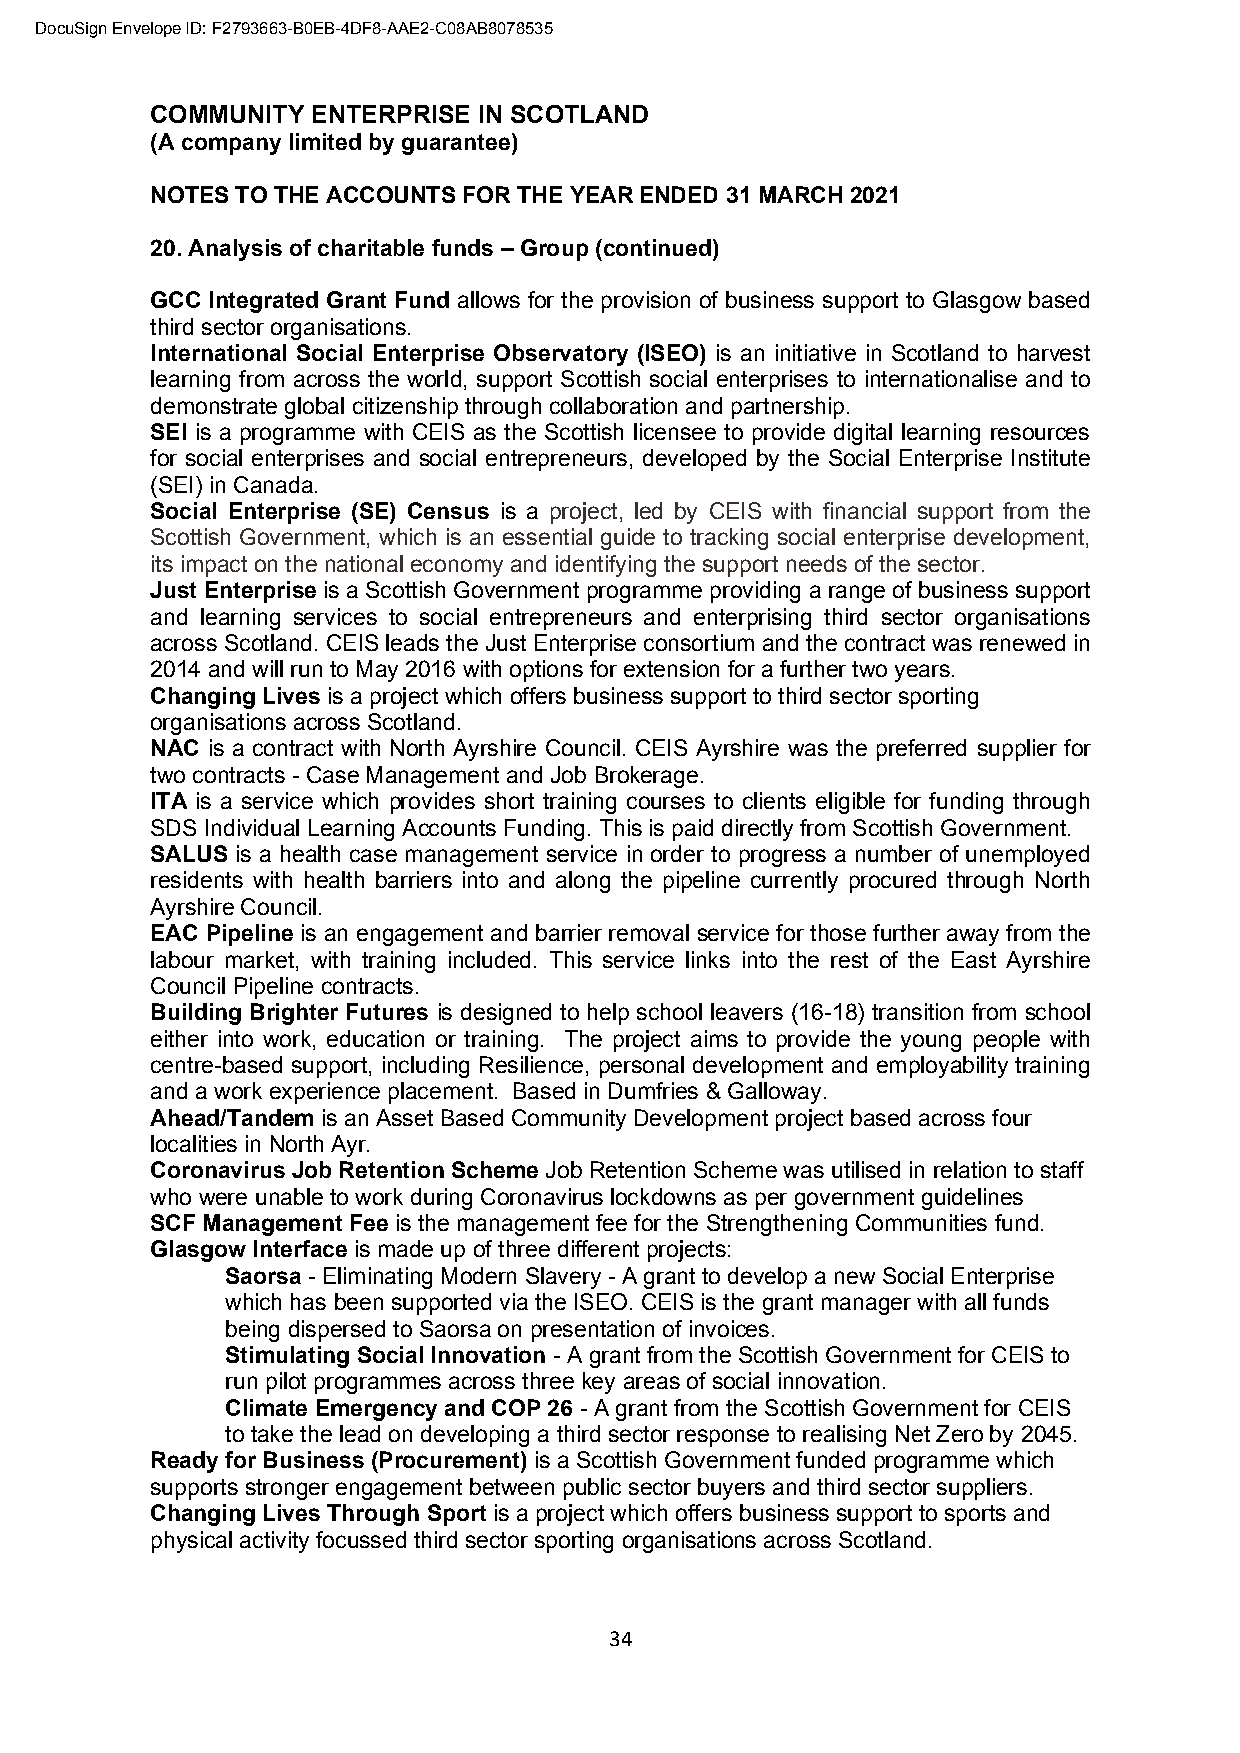
DocuSign Envelope ID: F2793663-B0EB-4DF8-AAE2-C08AB8078535
 COMMUNITY  ENTERPRISE IN SCOTLAND
 (A company limited by guarantee)
 NOTES TO THE ACCOUNTS FOR THE YEAR ENDED 31 MARCH 2021
 20. Analysis of charitable funds – Group (continued)
 GCC Integrated Grant Fund allows for the provision of business support to Glasgow based
 third sector organisations.
 International Social Enterprise Observatory (ISEO) is an initiative in Scotland to harvest
 learning from across the world, support Scottish social enterprises to internationalise and to
 demonstrate global citizenship through collaboration and partnership.
 SEI is a programme with CEIS as the Scottish licensee to provide digital learning resources
 for social enterprises and social entrepreneurs, developed by the Social Enterprise Institute
 (SEI) in Canada.
 Social Enterprise (SE) Census is a project, led by CEIS with financial support from the
 Scottish Government, which is an essential guide to tracking social enterprise development,
 its impact on the national economy and identifying the support needs of the sector.
 Just Enterprise is a Scottish Government programme providing a range of business support
 and learning services to social entrepreneurs and enterprising third sector organisations
 across Scotland. CEIS leads the Just Enterprise consortium and the contract was renewed in
 2014 and will run to May 2016 with options for extension for a further two years.
 Changing Lives is a project which offers business support to third sector sporting
 organisations across Scotland.
 NAC is a contract with North Ayrshire Council. CEIS Ayrshire was the preferred supplier for
 two contracts - Case Management and Job Brokerage.
 ITA is a service which provides short training courses to clients eligible for funding through
 SDS Individual Learning Accounts Funding. This is paid directly from Scottish Government.
 SALUS is a health case management service in order to progress a number of unemployed
 residents with health barriers into and along the pipeline currently procured through North
 Ayrshire Council.
 EAC Pipeline is an engagement and barrier removal service for those further away from the
 labour market, with training included. This service links into the rest of the East Ayrshire
 Council Pipeline contracts.
 Building Brighter Futures is designed to help school leavers (16-18) transition from school
 either into work, education or training. The project aims to provide the young people with
 centre-based support, including Resilience, personal development and employability training
 and a work experience placement. Based in Dumfries & Galloway.
 Ahead/Tandem is an Asset Based Community Development project based across four
 localities in North Ayr.
 Coronavirus Job Retention Scheme Job Retention Scheme was utilised in relation to staff
 who were unable to work during Coronavirus lockdowns as per government guidelines
 SCF Management Fee is the management fee for the Strengthening Communities fund.
 Glasgow Interface is made up of three different projects:
 Saorsa - Eliminating Modern Slavery - A grant to develop a new Social Enterprise
 which has been supported via the ISEO. CEIS is the grant manager with all funds
 being dispersed to Saorsa on presentation of invoices.
 Stimulating Social Innovation - A grant from the Scottish Government for CEIS to
 run pilot programmes across three key areas of social innovation.
 Climate Emergency and COP 26 - A grant from the Scottish Government for CEIS
 to take the lead on developing a third sector response to realising Net Zero by 2045.
 Ready for Business (Procurement) is a Scottish Government funded programme which
 supports stronger engagement between public sector buyers and third sector suppliers.
 Changing Lives Through Sport is a project which offers business support to sports and
 physical activity focussed third sector sporting organisations across Scotland.
 34